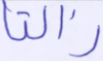
زالتا